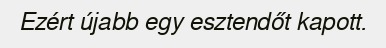
Ezért újabb egy esztendőt kapott.